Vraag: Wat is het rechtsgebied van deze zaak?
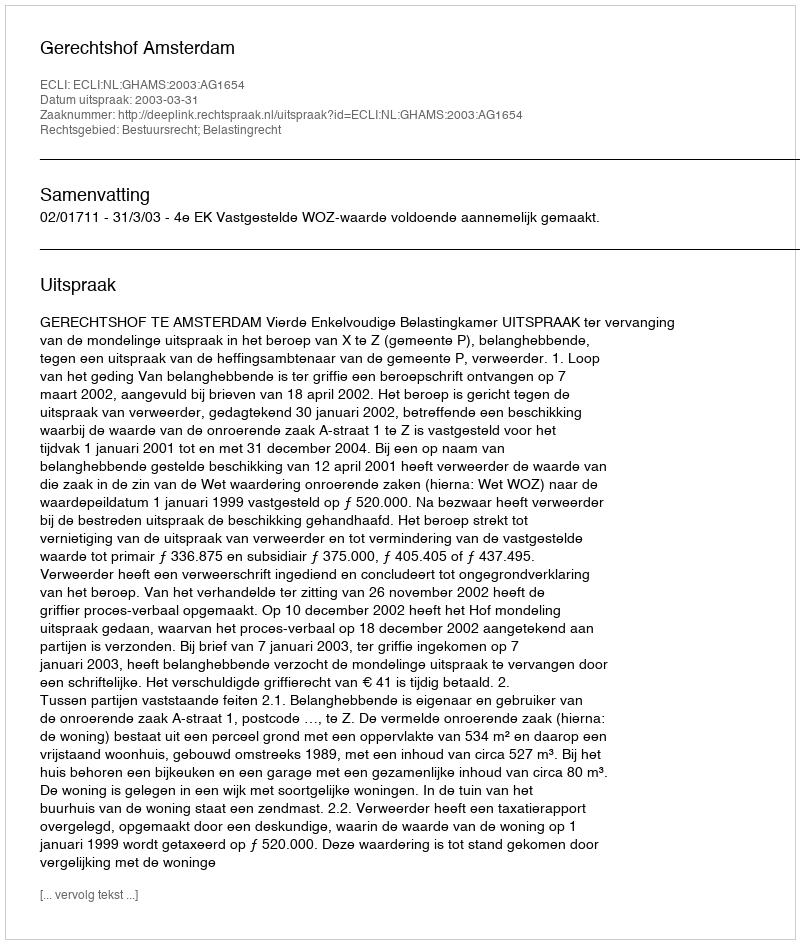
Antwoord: Bestuursrecht; Belastingrecht